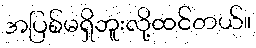
အပြစ်မရှိဘူးလို့ထင်တယ်။